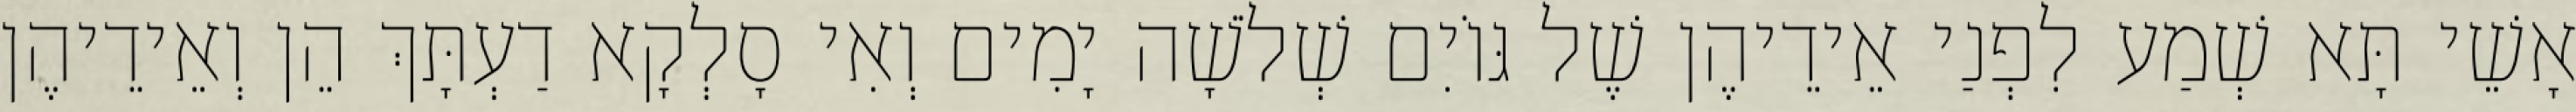
אָשֵׁי תָּא שְׁמַע לִפְנַי אֵידֵיהֶן שֶׁל גּוֹיִם שְׁלֹשָׁה יָמִים וְאִי סָלְקָא דַעְתָּךְ הֵן וְאֵידֵיהֶן